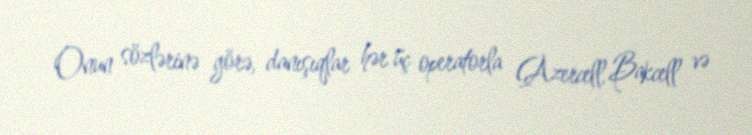
Onun sözlərinə görə, danışıqlar hər üç operatorla (Azercell, Bakcell və